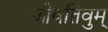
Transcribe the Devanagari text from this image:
जीवतिवुम्